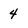
Character: 4